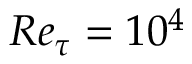
R e _ { \tau } = 1 0 ^ { 4 }